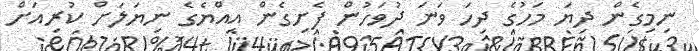
ނިމިގެން ދިޔަ މަހުގެ ދިހަ ވަނަ ދުވަހުން ފެށިގެން އިއްޔެގެ ނިޔަލަށް ކުރިއަށް